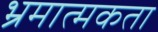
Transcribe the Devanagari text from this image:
भ्रमात्मकता